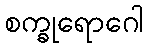
စက္ခုရောဂေါ